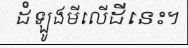
ដំឡូងមីលើដីនេះ។